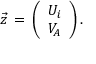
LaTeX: { \vec { z } } \, = \, \left( \begin{array} { l } { { U _ { i } } } \\ { { V _ { A } } } \end{array} \right) .